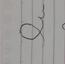
Signature authenticity: forged